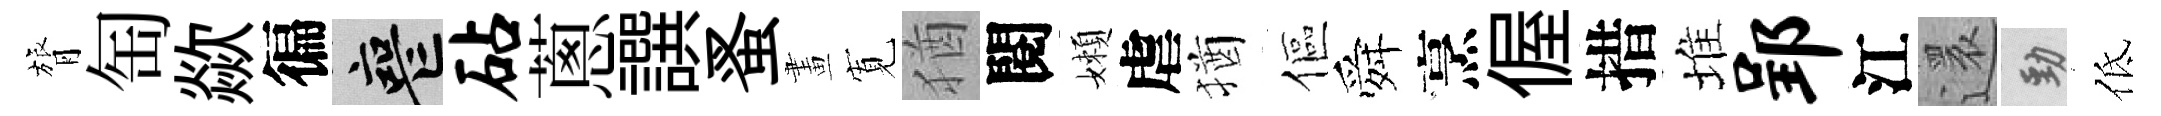
膂匋歘徧喪砧蔥譔蚤畫𡩖猶閱嬾虐猶傴舜烹偓措堆郢江還勁低